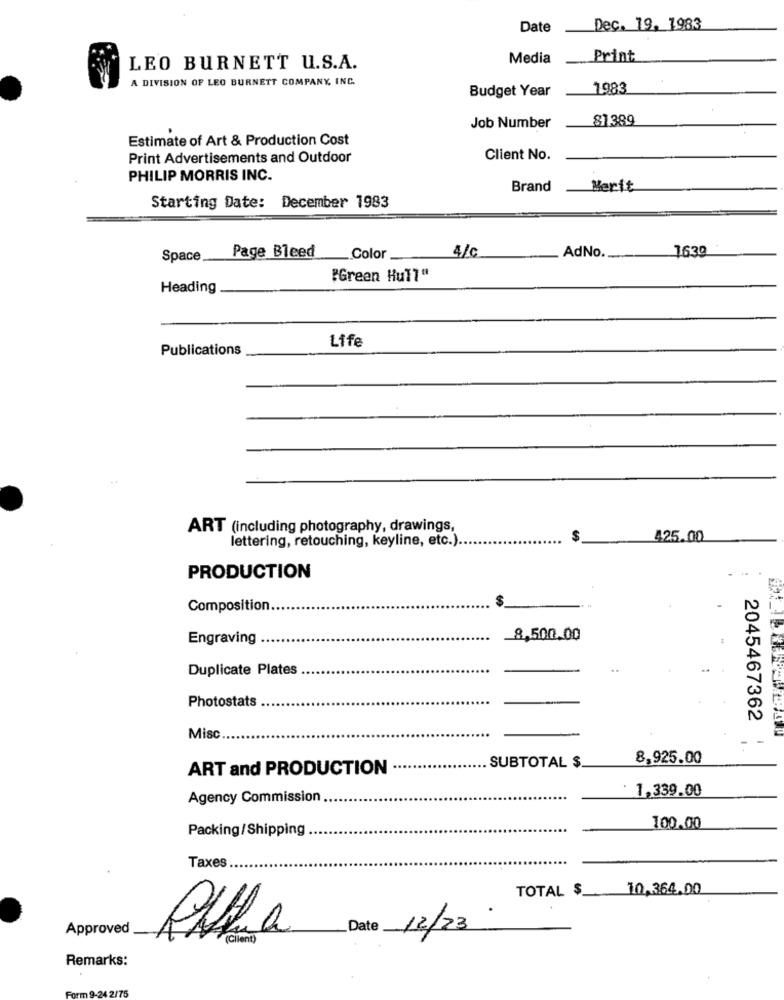
Date
Dec. 19. 1983
Media
Print
LEO BURNETT U.S.A.
A DIVISION OF LEO BURNETT COMPANY, INC.
Budget Year
1983
81.389
Job Number
Estimate of Art & Production Cost
Print Advertisements and Outdoor
Client No.
PHILIP MORRIS INC.
Brand
Merit
Starting Date: December 1983
Page Bleed
4/c
AdNo.
1630
Space
Color
"Green Hull"
Heading
Life
Publications
ART (including photography, drawings,
lettering, retouching, keyline, etc.).
425.00
PRODUCTION
Composition.
$
Engraving
_8,500.00
Duplicate Plates
Photostats
2045467362
Misc
SUBTOTAL $
8,925.00
ART and PRODUCTION
1,339.00
Agency Commission
Packing/Shipping
100.00
Taxes
TOTAL $
10,364.00
Approved
12/23
Piffa
(Client)
Remarks:
Form 9-24 2/75